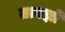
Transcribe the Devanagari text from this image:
तत्वज्ञों